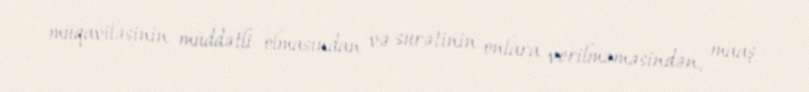
müqaviləsinin müddətli olmasından və surətinin onlara verilməməsindən, maaş